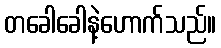
တခေါခေါနဲ့ဟောက်သည်။